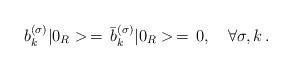
LaTeX: \begin{align*}b_k^{(\sigma)}|0_R>\,=\,\bar{b}_k^{(\sigma)}|0_R>\,=\,0, \quad \forall\sigma, k\,{.}\end{align*}